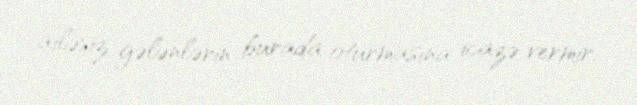
ailəsiz gələnlərin burada oturmasına icazə vermir.